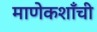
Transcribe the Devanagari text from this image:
माणेकशाँची